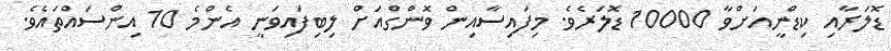
ޑޮލަރާއި ކިޑްނީއަށްވާ 10000 ޑޮލަރެވެ. މިފައިސާއިން ވޮންގްއަށް ލިބިފައިވަނީ އެންމެ 10 އިންސައްތައެވެ.